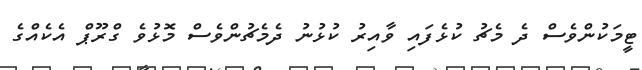
ޓީމަކުންވެސް ދެ މެޗު ކުޅެފައި ވާއިރު ކުޅުނު ދެމެޗުންވެސް މޮޅުވެ ގްރޫޕް އެކެއްގެ